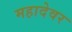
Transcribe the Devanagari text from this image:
महादेवर